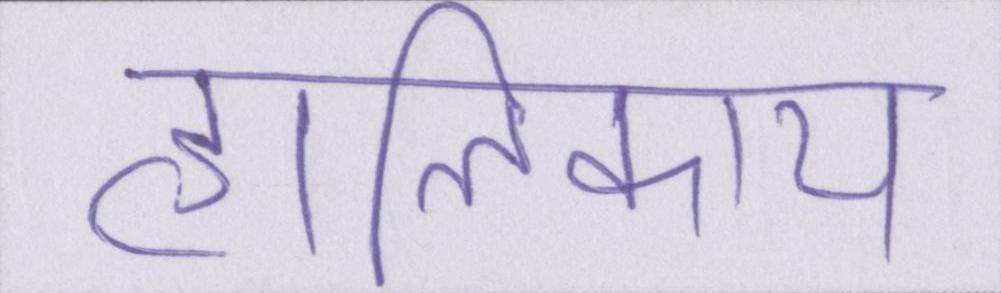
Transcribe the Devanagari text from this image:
हालिकाय